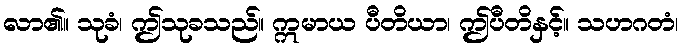
လာ၏။ သုခံ၊ ဤသုခသည်။ ဣမာယ ပီတိယာ၊ ဤပီတိနှင့်။ သဟဂတံ၊